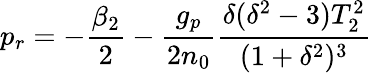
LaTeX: p_{r}=-\frac{\beta_{2}}{2}-\frac{g_{p}}{2n_{0}}\frac{\delta(\delta^{2}-3)T_{2}^{2}}{(1+\delta^{2})^{3}}